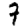
Digit: 7